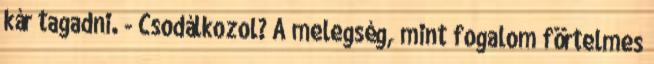
kár tagadni. - Csodálkozol? A melegség, mint fogalom förtelmes